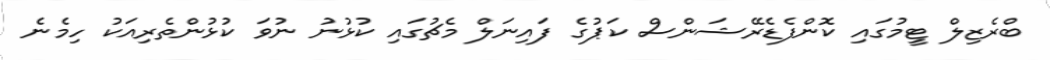
ބްރެޒިލް ޓީމުގައި ކޮންފެޑެރޭޝަންސް ކަޕުގެ ފައިނަލް މެޗުގައި ކުޅުނު ނުވަ ކުޅުންތެރިއަކު ހިމެނެ